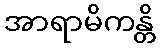
အာရာမိကန္တိ